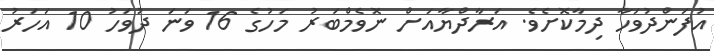
އުފަންދުވަހާ ދިމާކޮށެވެ. އަރާދްޔާއަށް ނޮވެމްބަރު މަހުގެ 16 ވަނަ ދުވަހު 10 އަހަރު